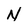
Character: N